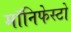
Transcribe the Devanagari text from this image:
मॉनिफेस्टो